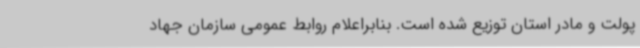
پولت و مادر استان توزیع شده است. بنابراعلام روابط عمومی سازمان جهاد